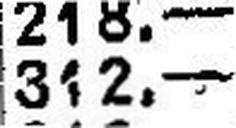
312.—